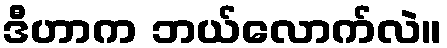
ဒီဟာက ဘယ်လောက်လဲ။